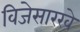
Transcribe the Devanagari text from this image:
विजेसारखे